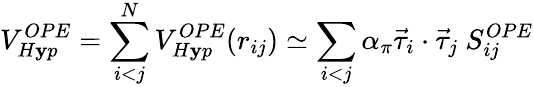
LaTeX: V_{H\mathbf{y}p}^{OPE}=\sum_{i<j}^{N}V_{H\mathbf{y}p}^{OPE}(r_{ij})\simeq\sum_{i<j}\alpha_{\pi}\vec{{\tau}}_{i}\cdot\vec{{\tau}}_{j}\ S_{ij}^{OPE}